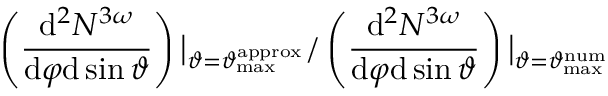
\left( \frac { \mathrm { d } ^ { 2 } N ^ { 3 \omega } } { \mathrm { d } \varphi \mathrm { d } \sin \vartheta } \right) \big | _ { \vartheta = \vartheta _ { \mathrm { m a x } } ^ { \mathrm { a p p r o x } } } / \left( \frac { \mathrm { d } ^ { 2 } N ^ { 3 \omega } } { \mathrm { d } \varphi \mathrm { d } \sin \vartheta } \right) \big | _ { \vartheta = \vartheta _ { \mathrm { m a x } } ^ { \mathrm { n u m } } }